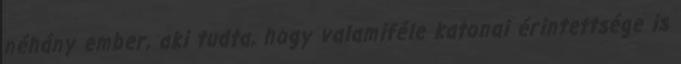
néhány ember, aki tudta, hogy valamiféle katonai érintettsége is